Civil Veterinary Dept. Bombay admin report 1893-99 - 1893-1899
Year: 1893
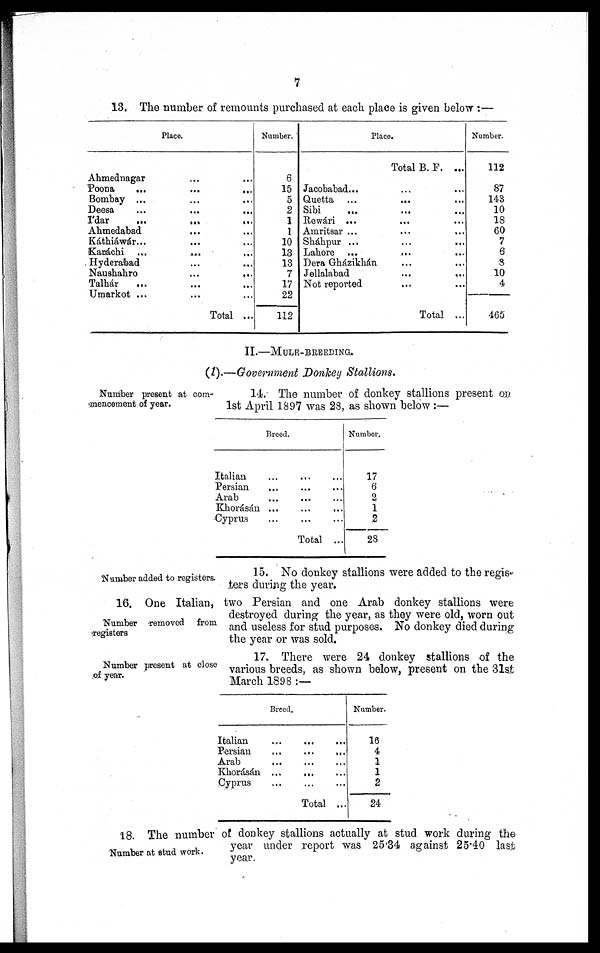
7
13. The number of remounts purchased at each place is given below :—
Place
Ahmednagar ... ...
Poona
...
...
...
Bombay ...
Deesa ... ... ...
I'dar
...
...
...
Ahmedabad ... ... ...
Káthiáwár ... ... ...
Karáchi
...
...
...
Hyderabad
Naushahro ... ... ...
Talhár ... ... ...
Umarkot ... ... ...
Total ...
Number.
6
15
5
2
1
1
10
13
13
7
17
22
112
Place.
Total B. F. ...
Jacobabad... ... ...
Quetta ... ... ...
Sibi ... ... ...
Rewari ... ... ...
Amritsar ... ... ...
Shákpur
...
...
...
Lahore
Dera Gházikhán ... ...
Jellalabad
...
...
Not reported
Total ...
Number.
112
87
143
10
18
60
7
6
8
10
4
465
II.—MULE-BREEDING.
(1).—Government Donkey Stallions.
Number present at com-
mencement of year.
14. The number of donkey stallions present on
1st April 1897 was 28, as shown below :—
Breed.
Italian ... ... ...
Persian
...
...
...
Arab
...
...
...
Khorásán ... ... ...
Cyprus......
...
Total
...
Number.
17
6
2
1
2
28
Number added to registers.
15. No donkey stallions were added to the regis-
ters during the year.
Number removed from
registers
16. One Italian, two Persian and one Arab donkey stallions were
destroyed during the year, as they were old, worn out
and useless for stud purposes. No donkey died during
the year or was sold.
Number present at close
of year.
17. There were 24 donkey stallions of the
various breeds, as shown below, present on the 31st
March 1898 :—
Breed.
Italian... ... ...
Persian...
...
...
Arab...
...
...
Khorásán...
...
...
Cyprus
...
...
...
Total ...
Number.
16
4
1
1
2
24
Number at stud work.
18. The number of donkey stallions actually at stud work during the
year under report was 25.34 against 25.40 last
year.